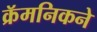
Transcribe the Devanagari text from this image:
क्रॅमनिकने